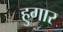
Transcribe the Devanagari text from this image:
हुगार